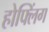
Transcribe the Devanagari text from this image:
होफ्लिंग